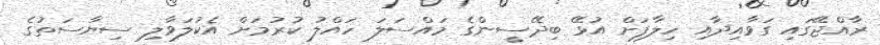
ރާއްޖޭގައި ގަވާއިދާއި ހިލާފަށް އުޅޭ ބިދޭސީންގެ މައްސަލަ ހައްލު ކުރުމަށް އެކުލަވާލި ސިޔާސަތުގެ